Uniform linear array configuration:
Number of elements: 16
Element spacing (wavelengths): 0.75
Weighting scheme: binomial
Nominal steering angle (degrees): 15
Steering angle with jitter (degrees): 13.721
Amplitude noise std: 0.05
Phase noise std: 0.05

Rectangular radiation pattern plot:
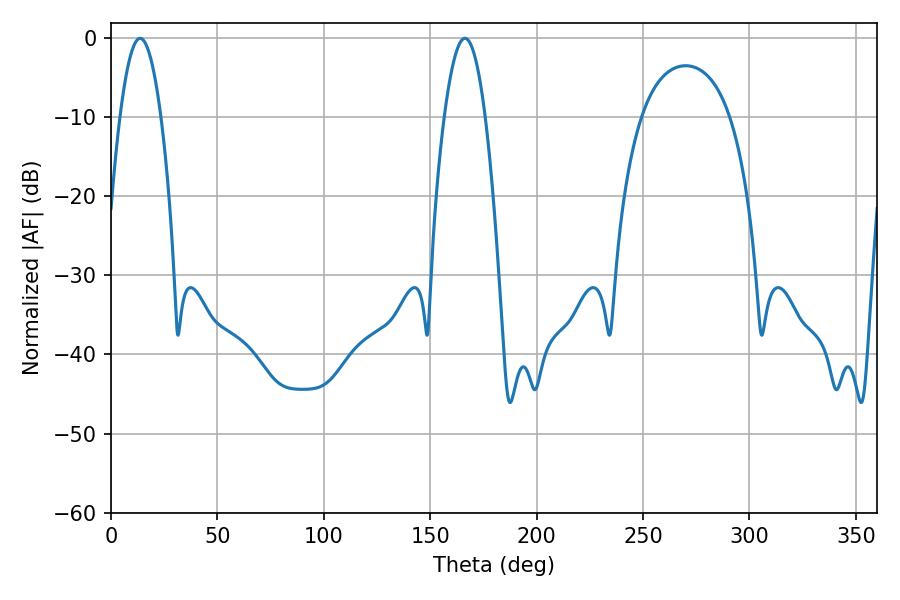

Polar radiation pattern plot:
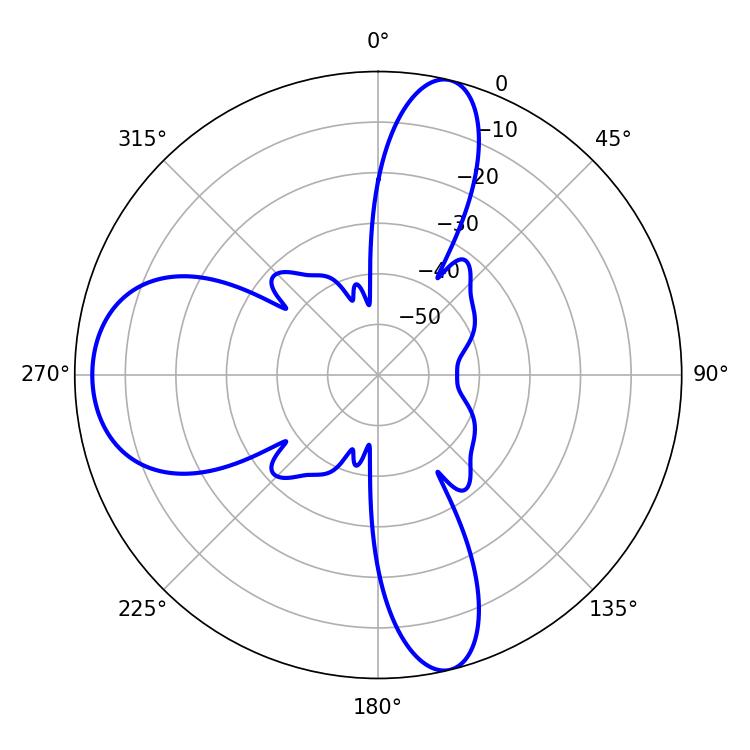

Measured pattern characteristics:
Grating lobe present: TRUE
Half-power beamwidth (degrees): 10.44
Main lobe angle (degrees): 13.68